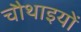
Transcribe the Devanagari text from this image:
चौथाइयों